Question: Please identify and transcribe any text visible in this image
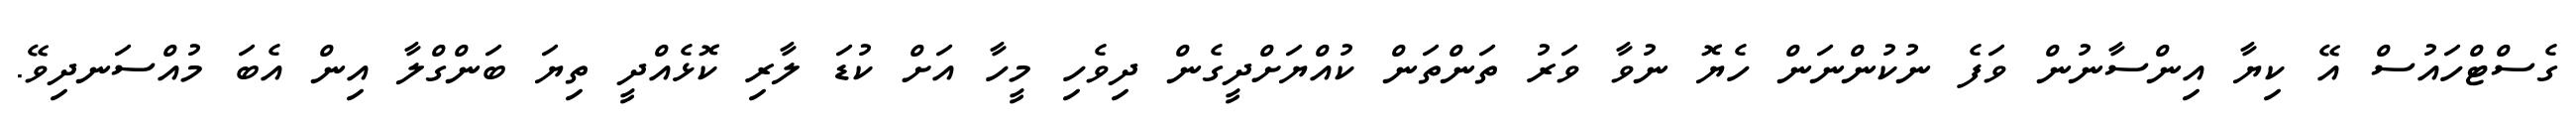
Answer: ގެސްޓްހައުސް އޭ ކިޔާ އިންސާނުން ވަފެ ނުކުންނަން ހެޔޮ ނުވާ ވަރު ތަންތަން ކުއްޔަށްދީގެން ދިވެހި މީހާ އަށް ކުޑަ ލާރި ކޮޅެއްދީ ތިޔަ ބަންގްލާ އިން އެބަ މުއްސަނދިވޭ.